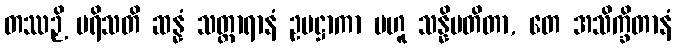
တဿဉှိ ပရိသတိ ဆန္နံ သတ္ထာရာနံ ဥပဋ္ဌာကာ ဗဟူ သန္နိပတိတာ, တေ အသိက္ခိတာနံ